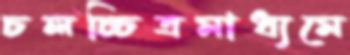
চলচ্চিত্রমাধ্যমে